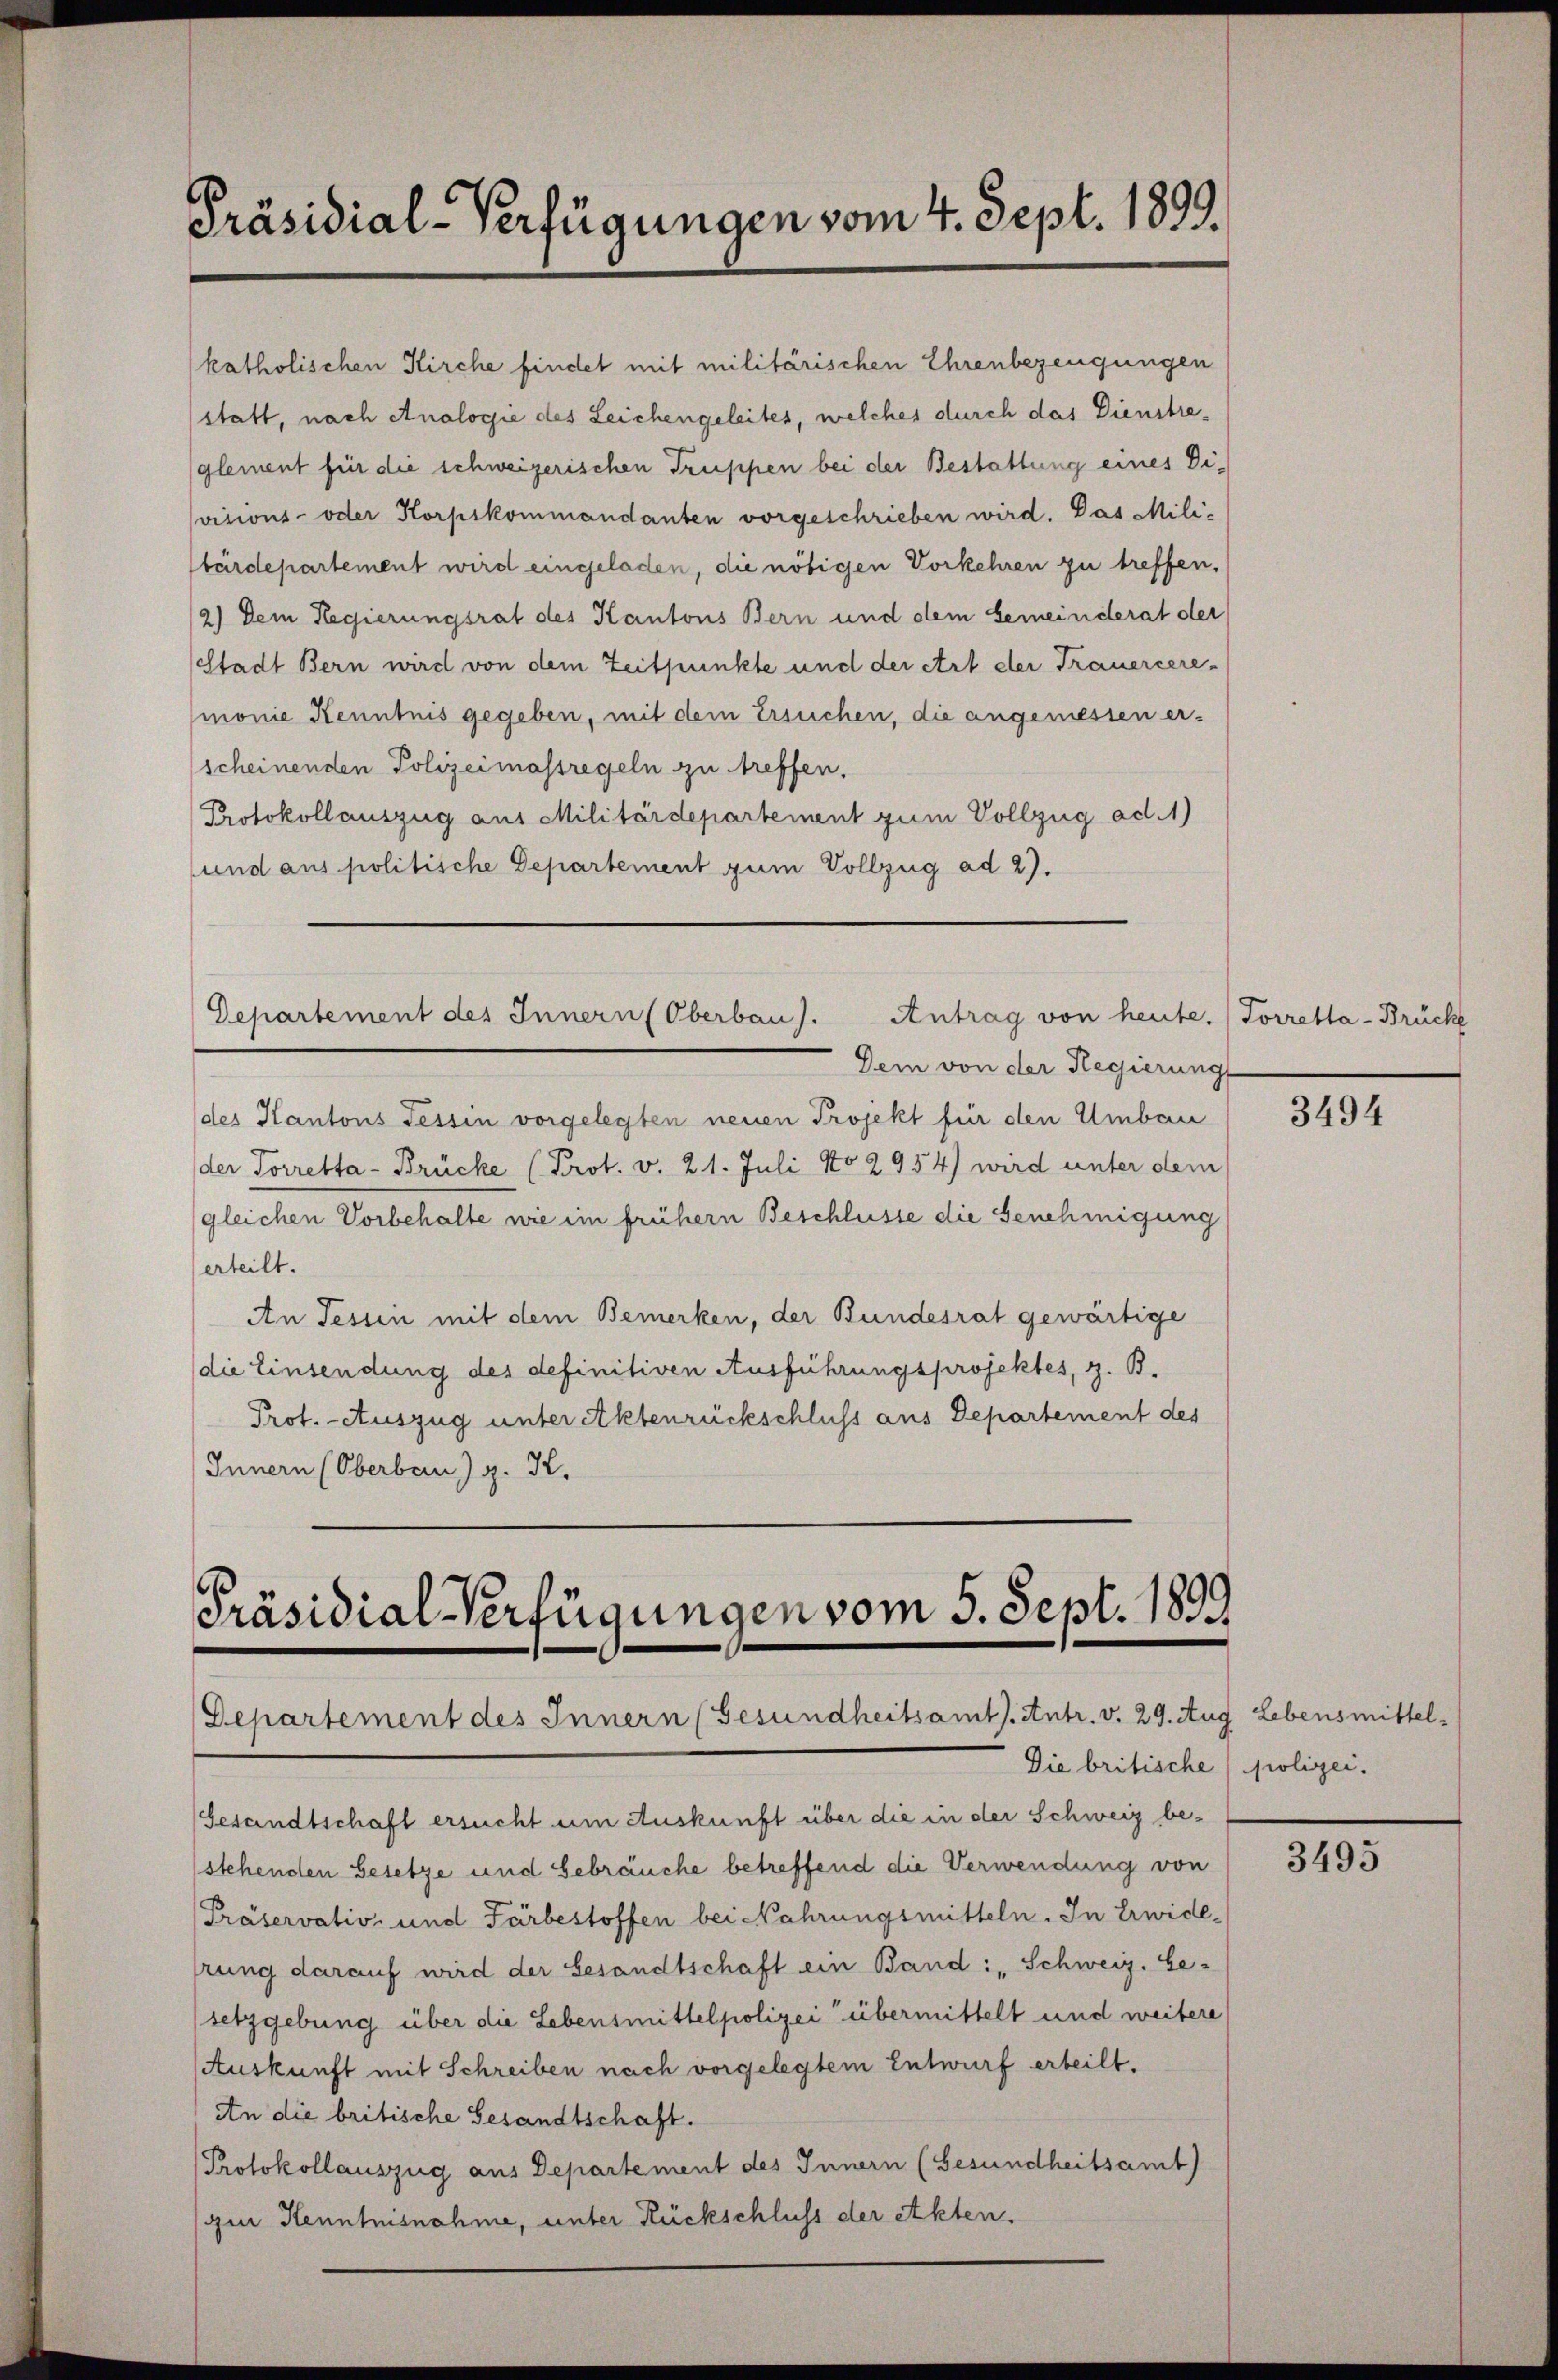
Präsidial-Verfügungen vom 4. Sept. 1899.

Departement des Innern (Oberbau).
Antrag von heute, Torretta - Brückl

Präsidial-Verfügungen vom 5. Sept. 1899
Departement des Innern (Gesundheitsamt. Antr. v. 29. Aug. Lebensmittel
Die britische (polizei.

katholischen Kirche findet mit militärischen Ehrenbezeugungen
statt, nach Analogie des Leichengeleites, welches durch das Dienstreglement für die schweizerischen Truppen bei der Bestattung eines Divisions- oder Korpskommandanten vorgeschrieben wird. Das Mili-
bärdepartement wird eingeladen, die nötigen Vorkehren zu treffen.
2.) Dem Regierungsrat des Kantons Bern und dem Gemeinderat der
Stadt Bern wird von dem Zeitpunkte und der Art der Trauercere-
monie Kenntnis gegeben, mit dem Ersuchen, die angemessen er-
scheinenden Polizeimassregeln zu treffen.
Protokollauszug aus Militärdepartement zum Vollzug ad 1)
und aus politische Departement zum Vollzug ad 2).

Dem von der Regierung
(des Kantons Tessin vorgelegten neuen Projekt für den Umbau
der Sorretta-Brücke (Prot. v. 21. Juli No 2954) wird unter dem
gleichen Vorbehalte wie im frühern Beschlüsse die Genehmigung
erteilt.
An Tessin mit dem Bemerken, der Bundesrat gewärtige
(die Einsendung des definitiven Ausführungsprojektes, z. B.
Prot. - Auszug unter Aktenrückschluss aus Departement des
Innern (Oberbau) z. K.

Gesandtschaft ersucht um Auskunft über die in der Schweiz be¬
(stehenden Gesetze und Gebräuche betreffend die Verwendung von
Präservative und Farbestoffen bei Nahrungsmitteln. In Erwiderung darauf wird der Gesandtschaft ein Band : „Schweiz. Ge-
setzgebung über die Lebensmittelpolizei übermittelt und weitere
Auskunft mit Schreiben nach vorgelegtem Entwurf erteilt.
An die britische Gesandtschaft.
Protokollauszug aus Departement des Innern (Gesundheitsamt
gin Kenntnisnahme, unter Rückschluss der Akten.

3494

3495